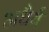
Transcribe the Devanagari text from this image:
अधैर्य